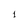
Character: 1